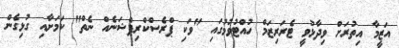
އަޒީމާ އިތުރަށް ވިދާޅުވީ ޓެރަރިޒަމް ހުއްޓުވުމުގައި "ވަކި ޕްރެސްކްރިޕްޝަނެއް ނެތް" ކަމަށާއި ގުޅިގެން